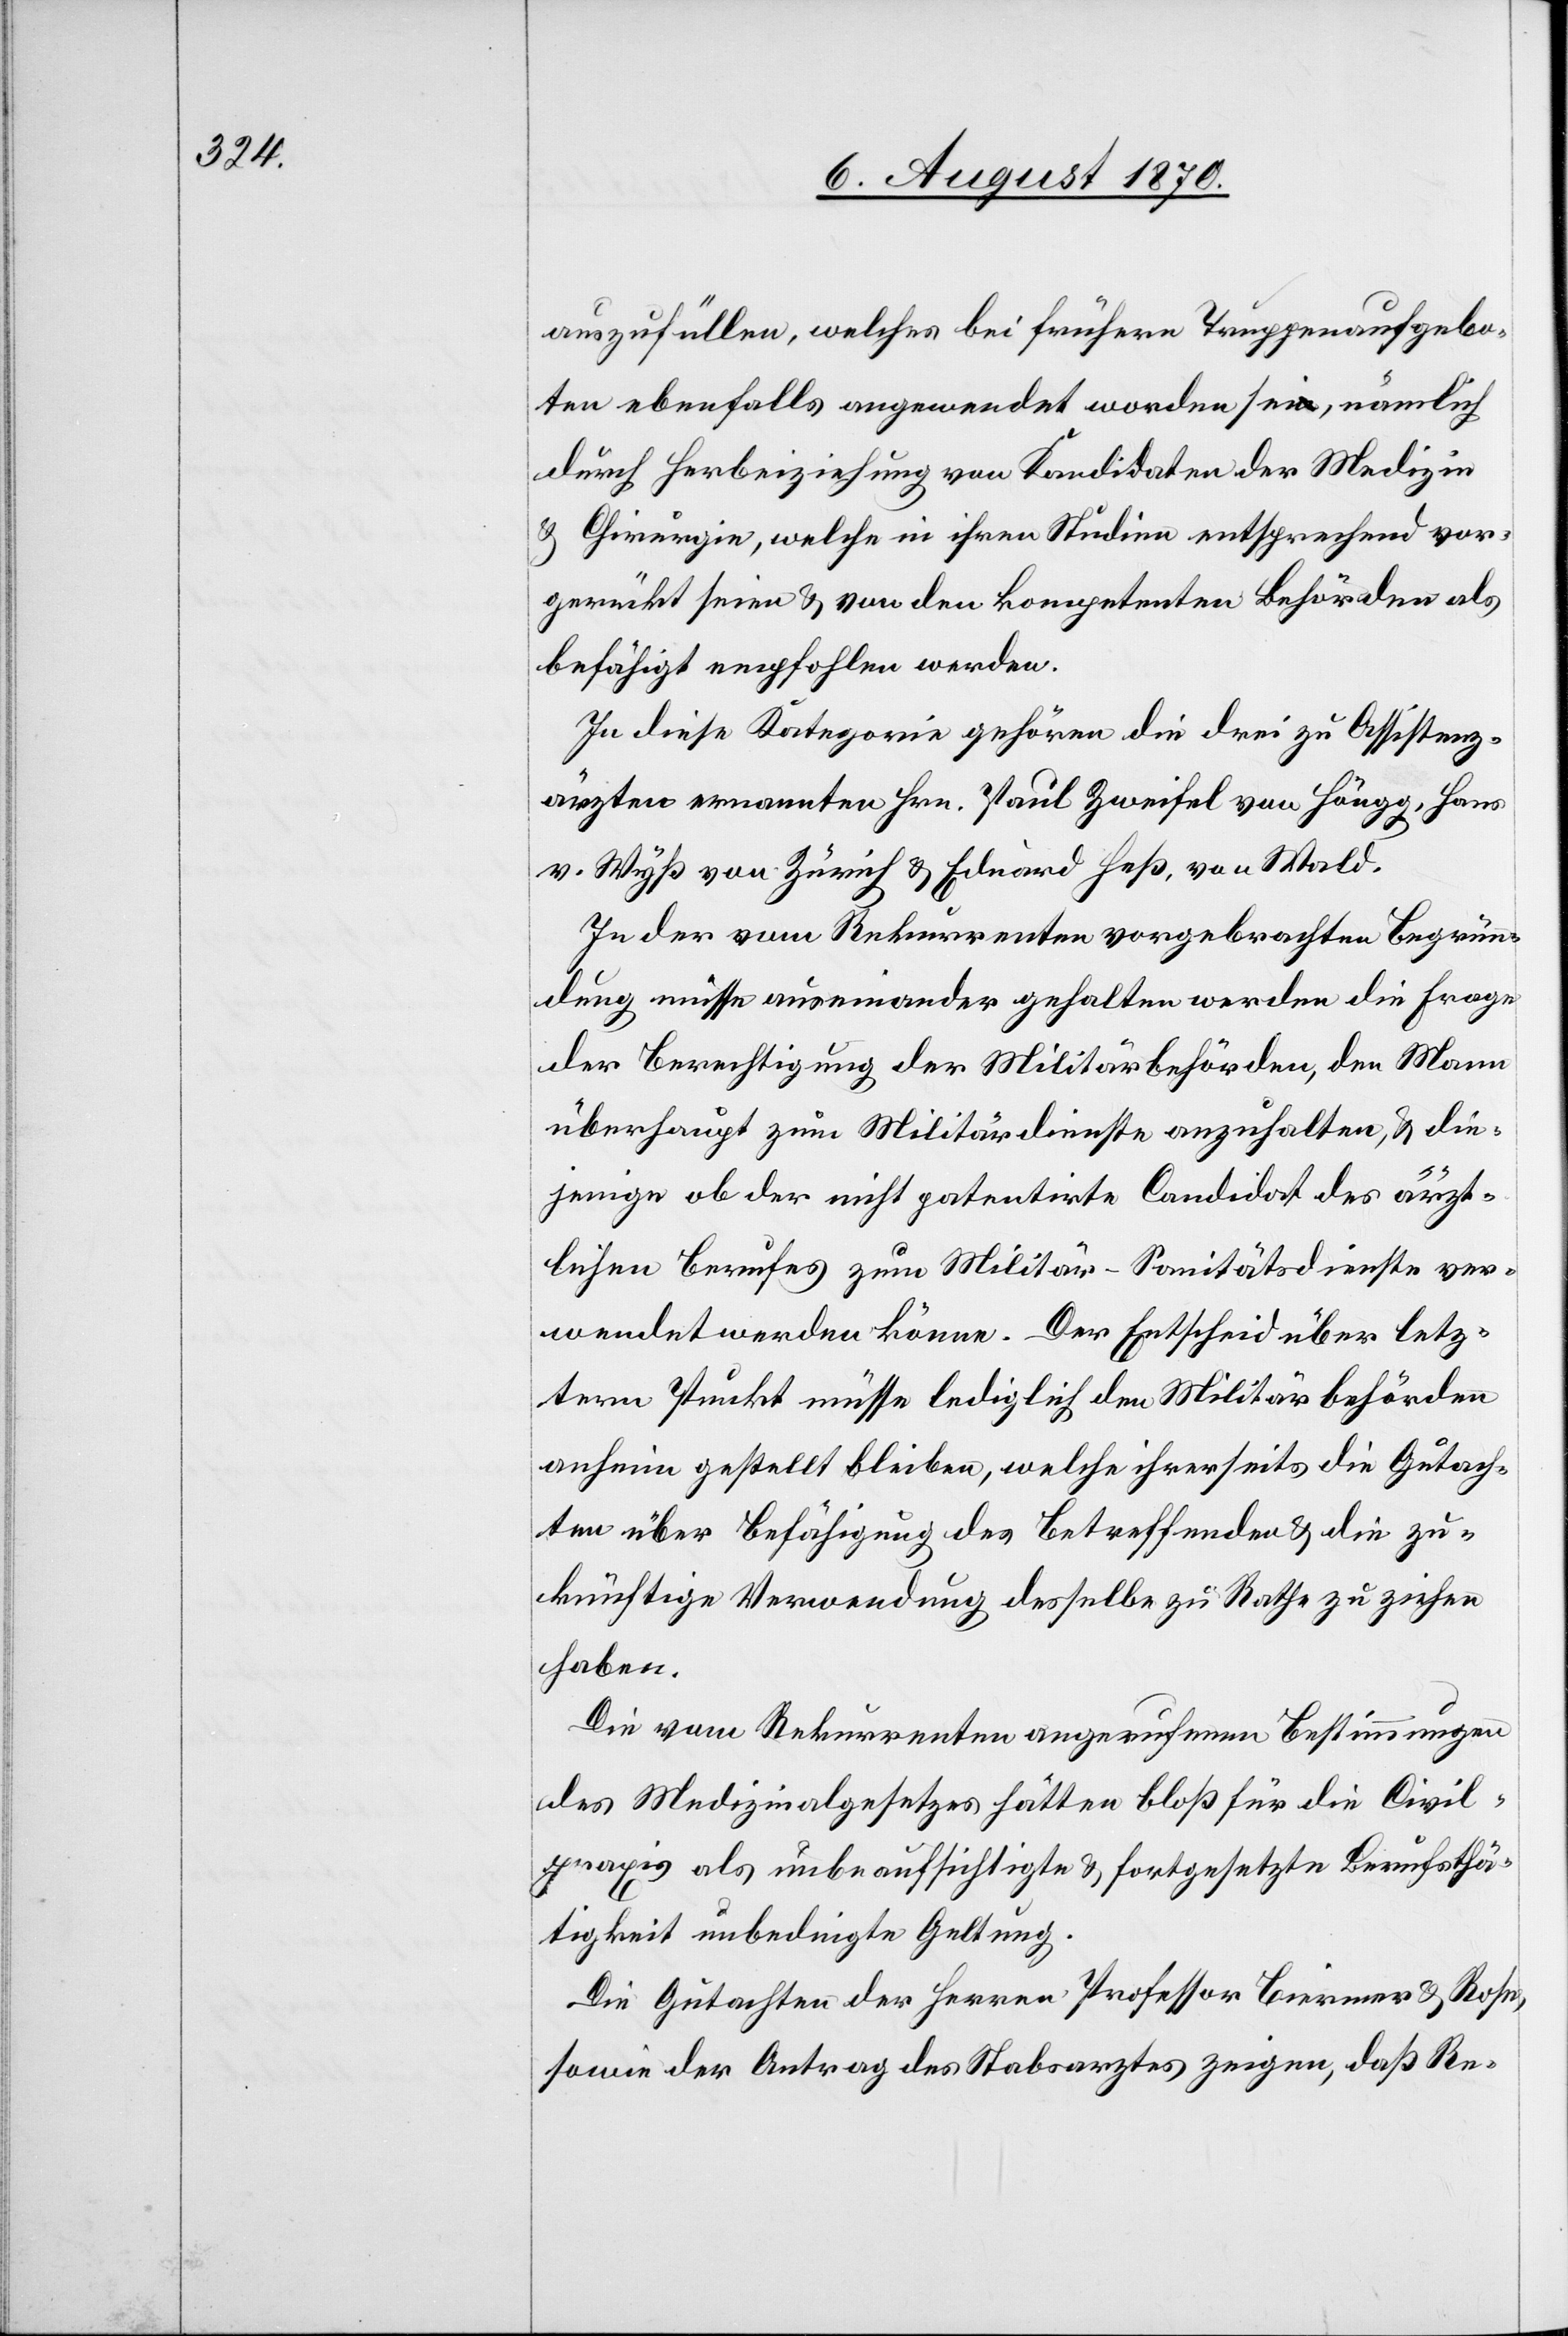
auszufüllen, welches bei frühern Truppenaufgebo¬
ten ebenfalls angewendet worden sei, nämlich
durch Herbeiziehung von Kandidaten der Medizin
& Chirurgie, welche in ihren Studien entsprechend vor¬
gerückt seien & von den kompetenten Behörden als
befähigt empfohlen werden.
In diese Kategorie gehören die drei zu Assistenz¬
ärzten ernannten Hrn. Paul Zweifel von Höngg, Hans
v. Wyß von Zürich & Eduard Heß, von Wald.
In der vom Rekurrenten vorgebrachten Begrün¬
dung müsse auseinander gehalten werden die Frage
der Berechtigung der Militärbehörden, den Mann
überhaupt zum Militärdienste anzuhalten, & die¬
jenige ob der nicht patentirte Candidat des ärzt¬
lichen Berufes zum Militär-Sanitätsdienste ver¬
wendet werden könne. Der Entscheid über letz¬
tern Punkt müsse lediglich den Militärbehörden
anhin gestellt bleiben, welche ihrerseits die Gutach¬
ten über Befähigung des betreffenden & die zu¬
künftige Verwendung desselbe[n] zu Rathe zu ziehen
haben.
Die vom Rekurrenten angerufenen Bestimmungen
des Medizinalgesetzes hätten bloß für die Civil¬
praxis als unbeaufsichtigte & fortgesetzte Berufsthä¬
tigkeit unbedingte Geltung.
Die Gutachten der Herren Professor Biermer & Rose,
sowie der Antrag des Stabsarztes zeigen, daß Re-